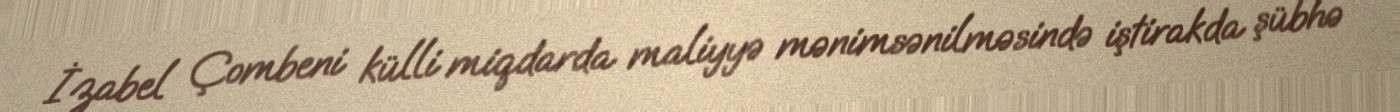
İzabel Çombeni külli miqdarda maliyyə mənimsənilməsində iştirakda şübhə